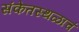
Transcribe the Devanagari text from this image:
संकेतस्थळाचं